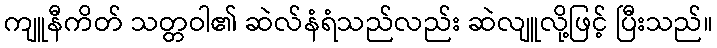
ကျူနီကိတ် သတ္တဝါ၏ ဆဲလ်နံရံသည်လည်း ဆဲလျူလို့ဖြင့် ပြီးသည်။